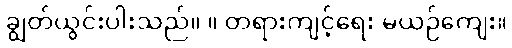
ချွတ်ယွင်းပါးသည်။ ။ တရားကျင့်ရေး မယဉ်ကျေး။